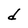
Character: d